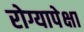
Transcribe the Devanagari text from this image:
रोग्यापेक्षा